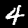
Label: 4